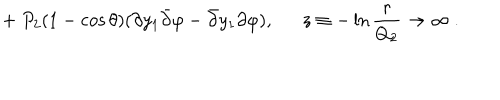
+ \ P _ { 2 } ( 1 - \cos \theta ) ( \partial y _ { 1 } { \bar { \partial } } \varphi - { \bar { \partial } } y _ { 1 } \partial \varphi ) , \ \ z \equiv - \ln { \frac { r } { Q _ { 2 } } } \to \infty \ .